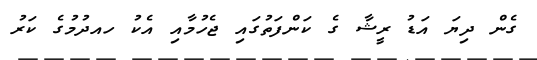
ގެން ދިޔަ އަޑު ރީޝާ ގެ ކަންފަތުގައި ޖެހުމާއި އެކު ހއދުމުގެ ކަރު